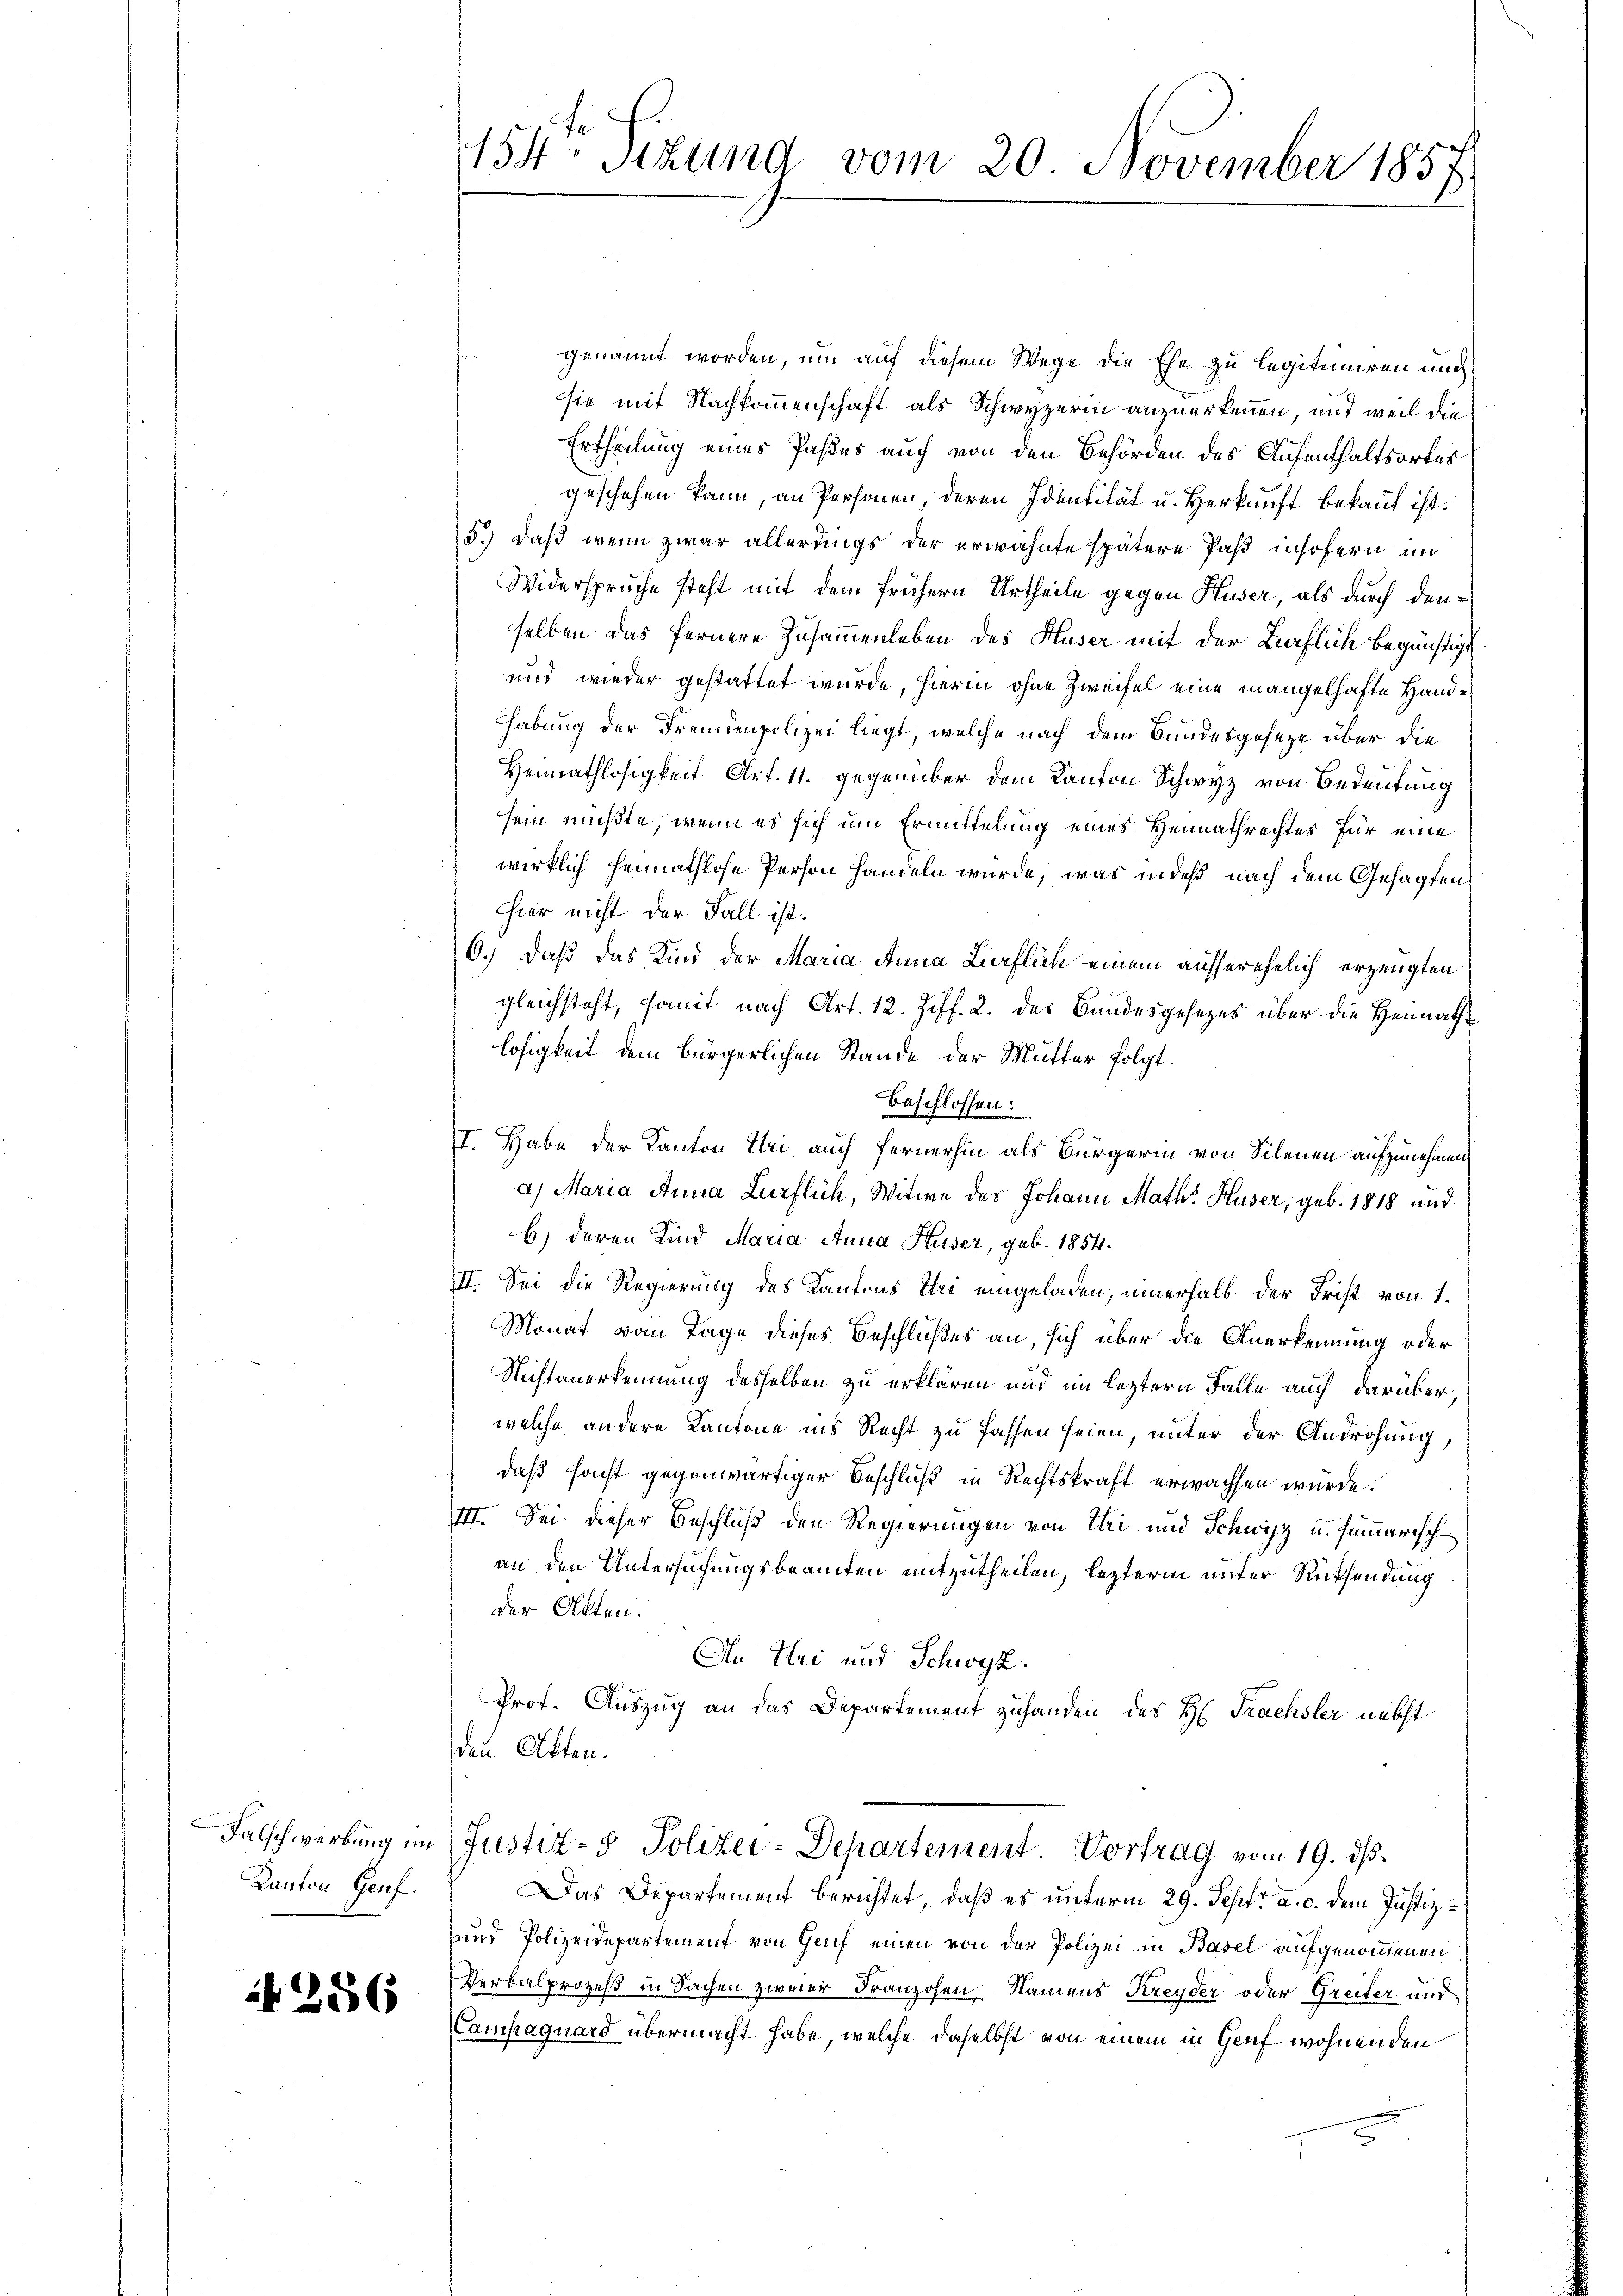
Kanton Genf.

286

genannt worden, um auf diesem Wege die Ehe zu legitimiren und
sie mit Nachkommenschaft als Schwyzerin anzuerkennen, und weil die
Ertheilung eines Paßes auch von den Behörden des Aufenthaltsortes
geschehen kann, an Personen, deren Identität u. Herkunft bekannt ist.
5.) daß wenn zwar allerdings der erwähnte spätere Paß insofern im
Widerspruche steht mit dem frühern Urtheile gegen Huser, als durch denselben das fernere Zusammenleben des Huser mit der Bürflich begünstigt
und wieder gestattet wurde, hierin ohne Zweifel eine mangelhafte Handhabung der Fremdenpolizei liegt, welche nach dem Bundesgeseze über die
Heimathlosigkeit Art. 11. gegenüber dem Kanton Schwyz von Bedeutung
sein mußte, wenn es sich um Ermittelung eines Heimathrechtes für eine
wirklich heimathlose Person handeln würde, was indeß nach dem Gesagten
hier nicht der Fall ist.
6.) Daß das Kind der Maria Anna Zierflich einem ausserehelich erzeugten
gleichsteht, somit nach Art. 12. Ziff. 2. des Bandesgesetzes über die Heimathlosigkeit dem bürgerlichen Stande der Mutter folgt.
beschlossen:
I. Habe der Kanton Uri auch fernerhin als Bürgerin von Silenen aufzunehmen
a) Maria Anna Zürflich, Witwe des Johann Math. Huser, geb. 1818 und
b) deren Kind Maria Anna Huser, geb. 1854.
II. Sei die Regierung des Kantons Ihri eingeladen, innerhalb der Frist von 1.
Monat vom Tage dieses Beschlußes an, sich über die Anerkennung oder
Nichtanerkennung desselben zu erklären und im leztern Falle auch darüber
welche andere Kantone ins Recht zu fassen seien, unter der Androhung,
daß sonst gegenwärtiger Beschluß in Rechtskraft erwachsen wurde.
III. Sei dieser Beschluß den Regierungen von Uri und Schwyz u. summarisch
an den Untersuchungsbeamten mitzutheilen, lezterm unter Rücksendung
der Akten.
An Uri und Schwyz.
Prof. Auszug an das Departement zuhanden des H: Frachsler nebst
den Akten.
Falschwerbung im Justiz- & Polizei-Departement Vortrag vom 19. ds.
Das Departement berichtet, daß es unterm 29. Sept. a. c. dem Justiz¬
und Polizeidepartement von Genf einen von der Polizei in Basel aufgenommenen
Verbalprozeß in Sachen zweier Franzosen Namens Kreyder oder Greifer und
Campaquard übermacht habe, welche daselbst von einem in Genf wohnenden

154. Sitzung vom 20. November 1857.